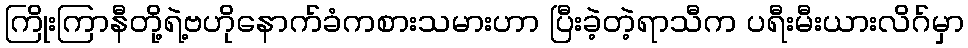
ကြိုးကြာနီတို့ရဲ့ဗဟိုနောက်ခံကစားသမားဟာ ပြီးခဲ့တဲ့ရာသီက ပရီးမီးယားလိဂ်မှာ